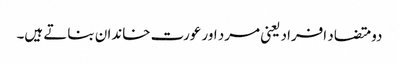
دو متضاد افراد یعنی مرد اور عورت خاندان بناتے ہیں۔